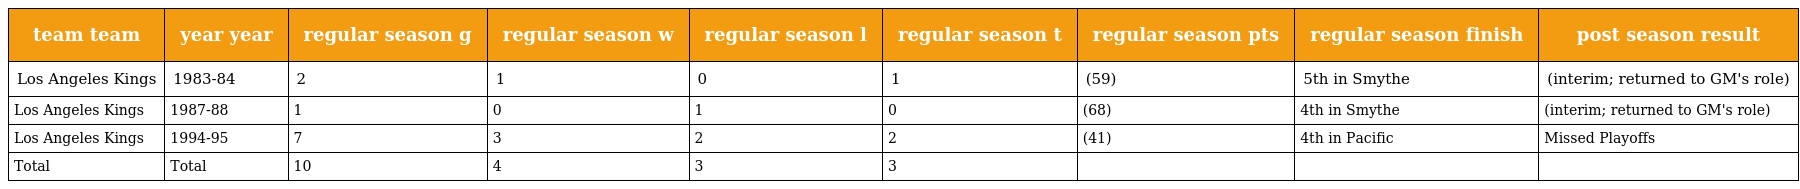
| team team | year year | regular season g | regular season w | regular season l | regular season t | regular season pts | regular season finish | post season result |
 | --- | --- | --- | --- | --- | --- | --- | --- | --- |
 | Los Angeles Kings | 1983-84 | 2 | 1 | 0 | 1 | (59) | 5th in Smythe | (interim; returned to GM's role) |
 | Los Angeles Kings | 1987-88 | 1 | 0 | 1 | 0 | (68) | 4th in Smythe | (interim; returned to GM's role) |
 | Los Angeles Kings | 1994-95 | 7 | 3 | 2 | 2 | (41) | 4th in Pacific | Missed Playoffs |
 | Total | Total | 10 | 4 | 3 | 3 |  |  |  |